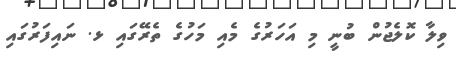
ވިލާ ކޮލެޖުން ބުނީ މި އަހަރުގެ މެއި މަހުގެ ތެރޭގައި ޅ. ނައިފަރުގައި